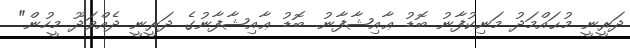
ދަރީނީ މުޙައްމަދު މަނިކުފާނު ބޮޑު ޢާއިޝާފާނު. ބޮޑު ޢާއިޝާފާނުގެ ދަރީނީ ދެއްވަދޫ މީހުން"